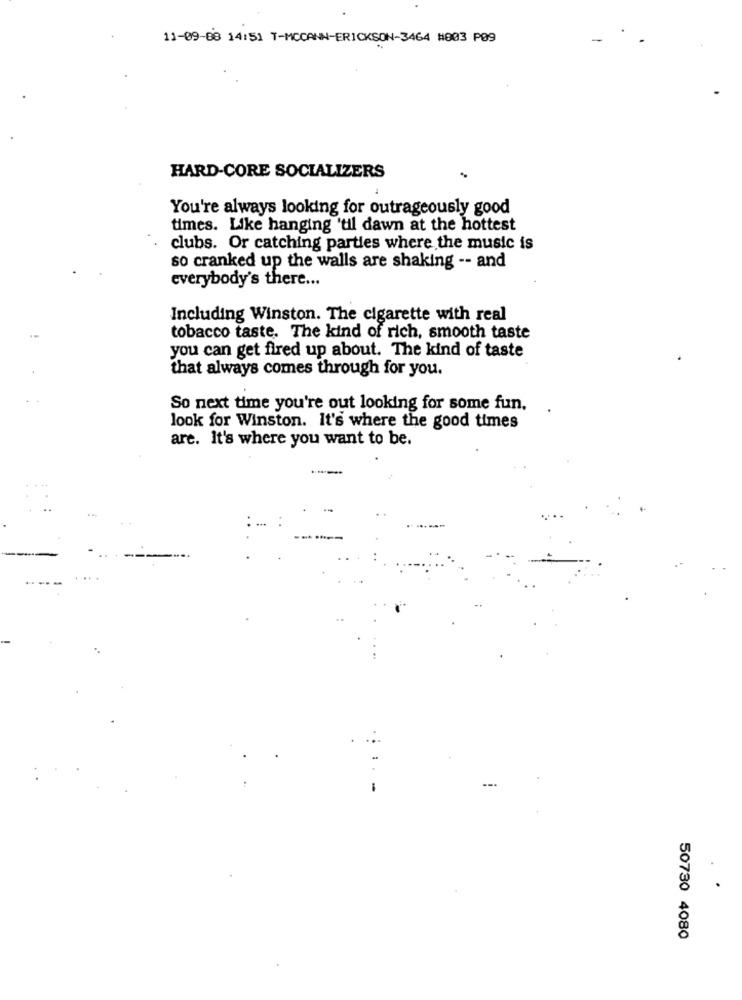
11-09-08 14:51 T-MCCANN-ERICKSON-3464 #003 P09
HARD-CORE SOCIALIZERS
You're always looking for outrageously good
times. Like hanging 'til dawn at the hottest
clubs. Or catching parties where the music is
so cranked up the walls are shaking -- and
everybody's there ...
Including Winston. The cigarette with real
tobacco taste. The kind of rich, smooth taste
you can get fired up about. The kind of taste
that always comes through for you.
So next time you're out looking for some fun.
look for Winston. It's where the good times
are. It's where you want to be.
-
50730 4080